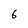
Character: 6